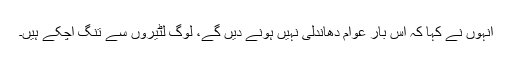
انہوں نے کہا کہ اس بار عوام دھاندلی نہیں ہونے دیں گے، لوگ لٹیروں سے تنگ آچکے ہیں۔